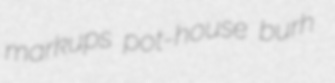
markups pot-house burh